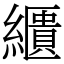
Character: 𦆠